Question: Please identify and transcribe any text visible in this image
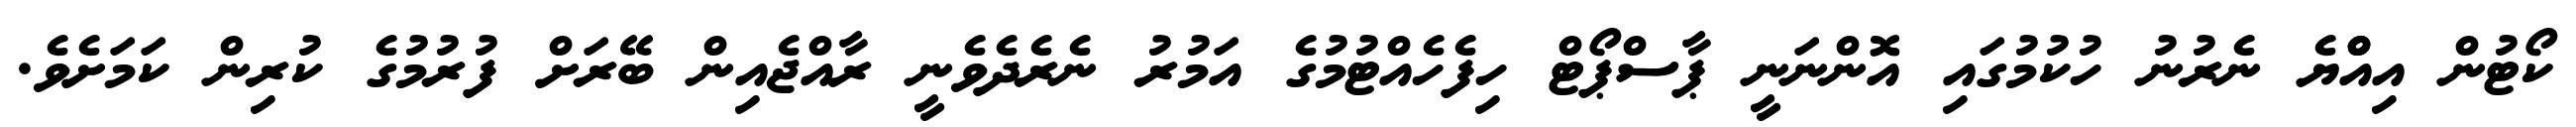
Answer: ކޯޓުން އިއްްޔެ ނެރުނު ހުކުމުގައި އޮންނަނީ ޕާސްޕޯޓް ހިފެހެއްޓުމުގެ އަމުރު ނެރެދެވެނީ ރާއްޖެއިން ބޭރަށް ފުރުމުގެ ކުރިން ކަމަށެވެ.